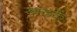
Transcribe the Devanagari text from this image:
खंदकें